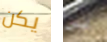
يكن لي